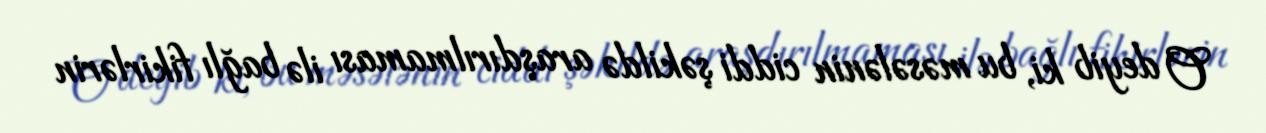
O deyib ki, bu məsələnin ciddi şəkildə araşdırılmaması ilə bağlı fikirlərin